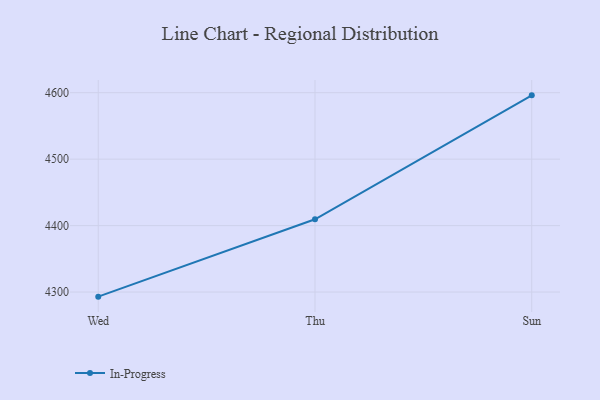
{"axis": {"x": "Day", "y": "Latency (ms)"}, "legend": ["In-Progress"], "data": [{"x": "Wed", "y": 4293.1, "type": "In-Progress"}, {"x": "Thu", "y": 4409.5, "type": "In-Progress"}, {"x": "Sun", "y": 4596.0, "type": "In-Progress"}]}